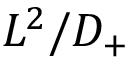
L ^ { 2 } / D _ { + }